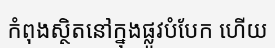
កំពុងស្ថិតនៅក្នុងផ្លូវបំបែក ហើយ